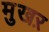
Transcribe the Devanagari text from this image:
मुखऱ